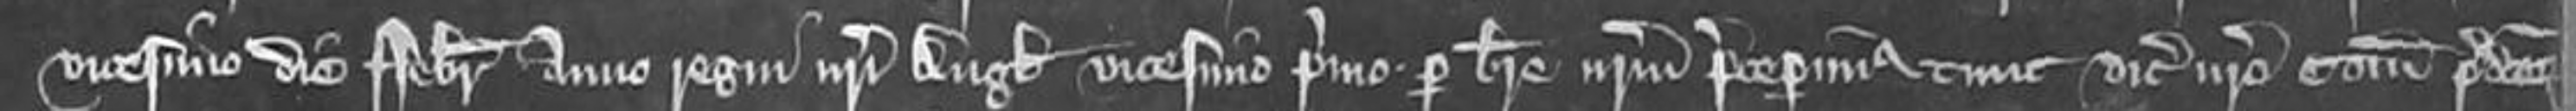
vicesimo die Februarii anno regni nostri Anglie vicesimo primo per breve nostrum preceperimus tunc vicecomiti nostro comitatuum predictorum